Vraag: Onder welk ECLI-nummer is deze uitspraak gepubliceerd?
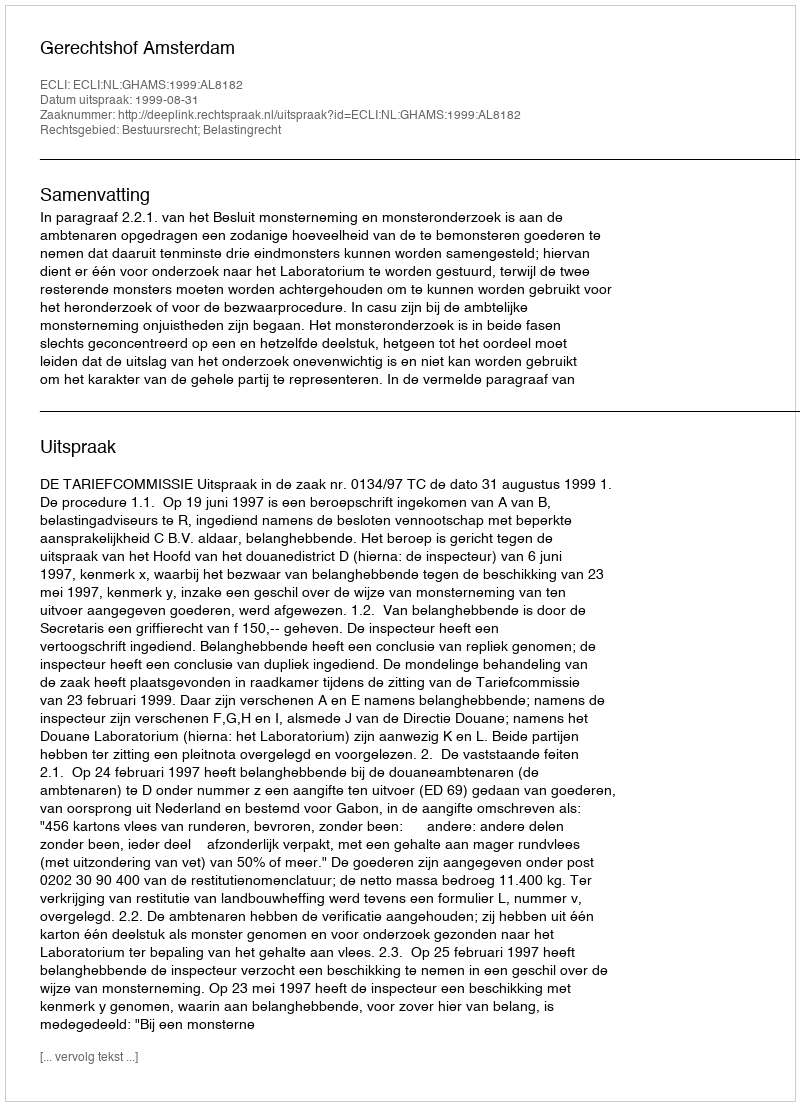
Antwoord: ECLI:NL:GHAMS:1999:AL8182